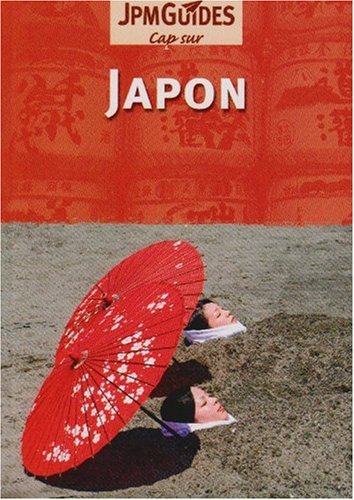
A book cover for Central America: Belize, Costa Rica, El Salvador, Guatemala, Honduras, Nicaragua, Panama (This Way); Travel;